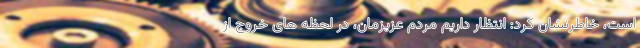
است، خاطرنشان کرد: انتظار داریم مردم عزیزمان، در لحظه های خروج از